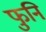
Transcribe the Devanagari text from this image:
फुनि